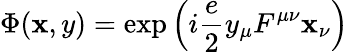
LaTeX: \Phi(\mathbf{x},y)=\exp\left(i\frac{{e}}{{2}}y_{\mu}F^{\mu\nu}\mathbf{x}_{\nu}\right)